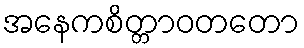
အနေကစိတ္တာဝတတော